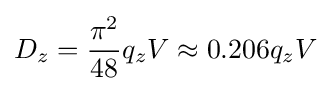
D_{z}={\frac {{\pi }^{2}}{48}}q_{z}V\approx 0.206q_{z}V